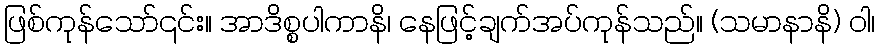
ဖြစ်ကုန်သော်၎င်း။ အာဒိစ္စပါကာနိ၊ နေဖြင့်ချက်အပ်ကုန်သည်။ (သမာနာနိ) ဝါ၊